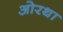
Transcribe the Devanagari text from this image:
ओरथा